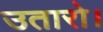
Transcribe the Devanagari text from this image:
उतारो।